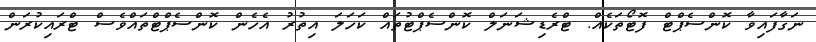
ނަގާފައިވާ ކޮންސެޕްޓް ފޮޓޯތަކެއް. ޓްރެޑިޝަނަލް ކޮންސެޕްޓުތައް ކަހަލަ އިތުރު އެހެން ކޮންސެޕްޓްތައްވެސް ޓްރައިކުރަން